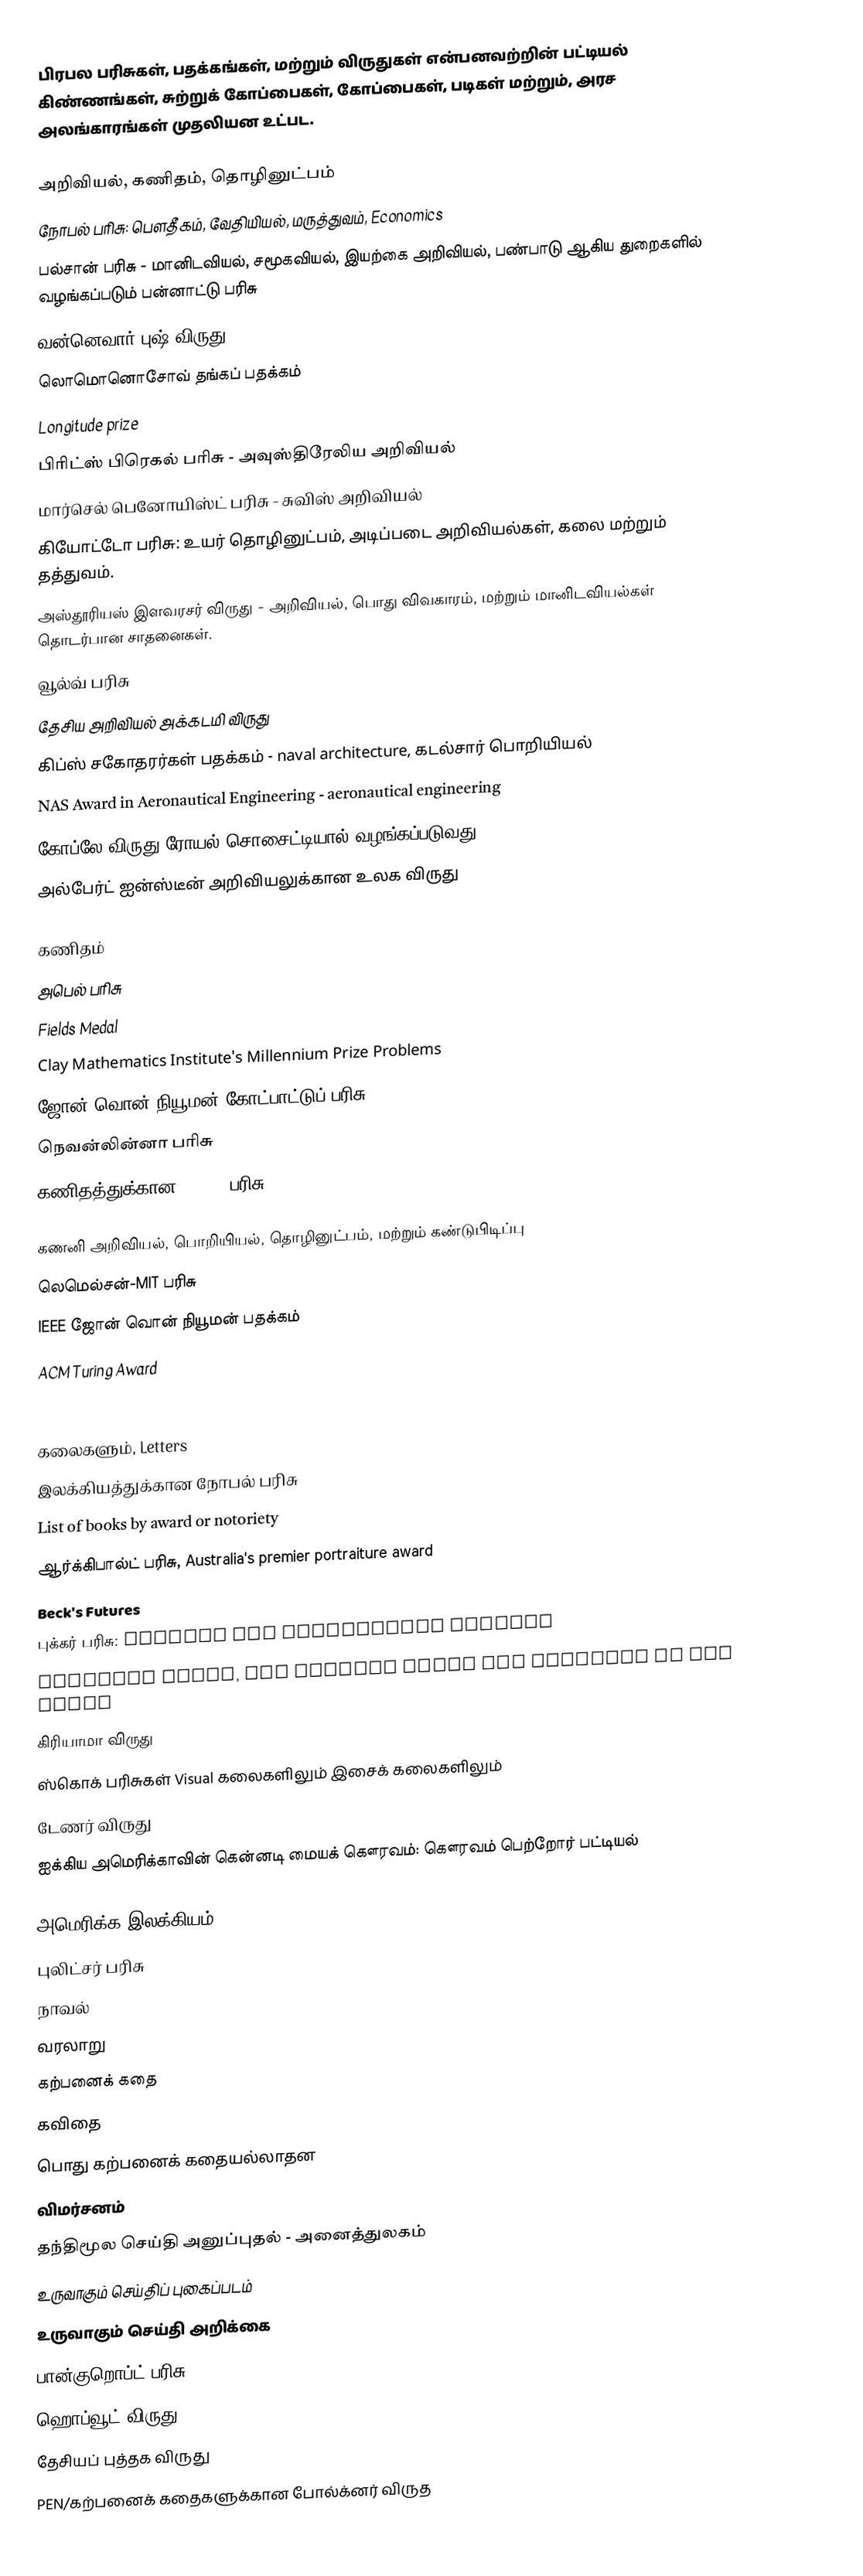
பிரபல பரிசுகள், பதக்கங்கள், மற்றும் விருதுகள் என்பனவற்றின் பட்டியல் கிண்ணங்கள், சுற்றுக் கோப்பைகள், கோப்பைகள், படிகள் மற்றும், அரச அலங்காரங்கள் முதலியன உட்பட.

அறிவியல், கணிதம், தொழினுட்பம்
நோபல் பரிசு: பௌதீகம், வேதியியல், மருத்துவம், Economics
 பல்சான் பரிசு - மானிடவியல், சமூகவியல், இயற்கை அறிவியல், பண்பாடு ஆகிய துறைகளில் வழங்கப்படும் பன்னாட்டு பரிசு
வன்னெவார் புஷ் விருது
லொமொனொசோவ் தங்கப் பதக்கம்
Longitude prize
பிரிட்ஸ் பிரெகல் பரிசு - அவுஸ்திரேலிய அறிவியல்
மார்செல் பெனோயிஸ்ட் பரிசு - சுவிஸ் அறிவியல்
கியோட்டோ பரிசு: உயர் தொழினுட்பம், அடிப்படை அறிவியல்கள்,  கலை மற்றும் தத்துவம்.
 அஸ்தூரியஸ் இளவரசர் விருது - அறிவியல், பொது விவகாரம், மற்றும் மானிடவியல்கள் தொடர்பான சாதனைகள்.
 வூல்வ் பரிசு
 தேசிய அறிவியல் அக்கடமி விருது
 கிப்ஸ் சகோதரர்கள் பதக்கம் - naval architecture, கடல்சார் பொறியியல்
 NAS Award in Aeronautical Engineering - aeronautical engineering
 கோப்லே விருது ரோயல் சொசைட்டியால் வழங்கப்படுவது.
 அல்பேர்ட் ஐன்ஸ்டீன் அறிவியலுக்கான உலக விருது

கணிதம்
அபெல் பரிசு
Fields Medal
Clay Mathematics Institute's Millennium Prize Problems
ஜோன் வொன் நியூமன் கோட்பாட்டுப் பரிசு
நெவன்லின்னா பரிசு
கணிதத்துக்கான Schock பரிசு

கணனி அறிவியல், பொறியியல், தொழினுட்பம், மற்றும் கண்டுபிடிப்பு
லெமெல்சன்-MIT பரிசு
IEEE ஜோன் வொன் நியூமன் பதக்கம்
ACM Turing Award
Charles Stark Draper Prize

கலைகளும், Letters
இலக்கியத்துக்கான நோபல் பரிசு
List of books by award or notoriety
ஆர்க்கிபால்ட் பரிசு, Australia's premier portraiture award
Beck's Futures
புக்கர் பரிசு: winners and shortlisted authors
Carnegie Prize, the highest award for painting in the world
கிரியாமா விருது
ஸ்கொக் பரிசுகள் Visual கலைகளிலும் இசைக் கலைகளிலும்
டேணர் விருது
ஐக்கிய அமெரிக்காவின் கென்னடி மையக் கௌரவம்: கௌரவம் பெற்றோர் பட்டியல்

அமெரிக்க இலக்கியம்
புலிட்சர் பரிசு
நாவல்
வரலாறு
கற்பனைக் கதை
கவிதை
பொது கற்பனைக் கதையல்லாதன
விமர்சனம்
தந்திமூல செய்தி அனுப்புதல் - அனைத்துலகம்
உருவாகும் செய்திப் புகைப்படம்
உருவாகும் செய்தி அறிக்கை
 பான்குறொப்ட் பரிசு
ஹொப்வூட் விருது
தேசியப் புத்தக விருது
PEN/கற்பனைக் கதைகளுக்கான போல்க்னர் விருத